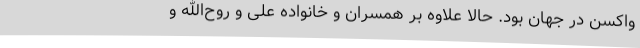
واکسن در جهان بود. حالا علاوه بر همسران و خانواده علی و روح‌الله و